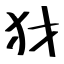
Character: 犲